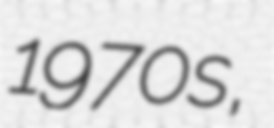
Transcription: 1970s,